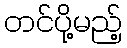
တင်ပို့မည့်